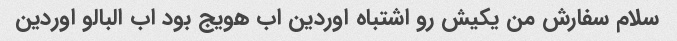
سلام سفارش من یکیش رو اشتباه اوردین اب هویج بود اب البالو اوردین